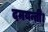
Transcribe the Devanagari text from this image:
दमयन्ती।